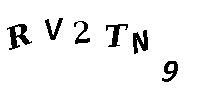
RV2TN9